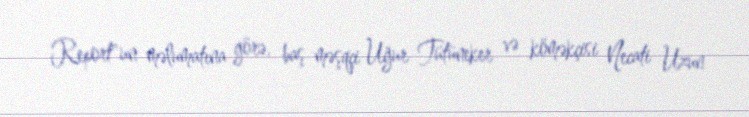
Report"un məlumatına görə, baş məşqçi Uğur Tütüneker və köməkçisi Necati Uzun